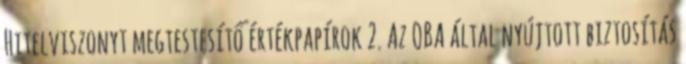
Hitelviszonyt megtestesítő értékpapírok 2. Az OBA által nyújtott biztosítás